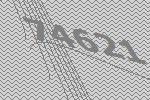
74621